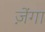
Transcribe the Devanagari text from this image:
ज़ेंगा